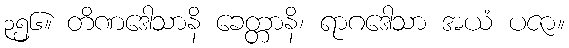
၃၅၆။ တိဏဒေါသာနိ ခေတ္တာနိ၊ ရာဂဒေါသာ အယံ ပဇာ။